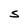
Character: S